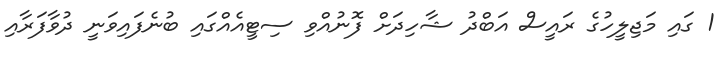
1 ގައި މަޖިލީހުގެ ރައީސް އަބްދު ޝާހިދަށް ފޮނުއްވި ސިޓީއެއްގައި ބުނެފައިވަނީ ދުވާފަރާއި